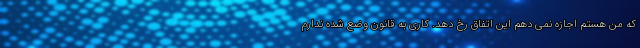
که من هستم اجازه نمی دهم این اتفاق رخ دهد. کاری به قانون وضع شده ندارم